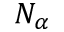
N _ { \alpha }